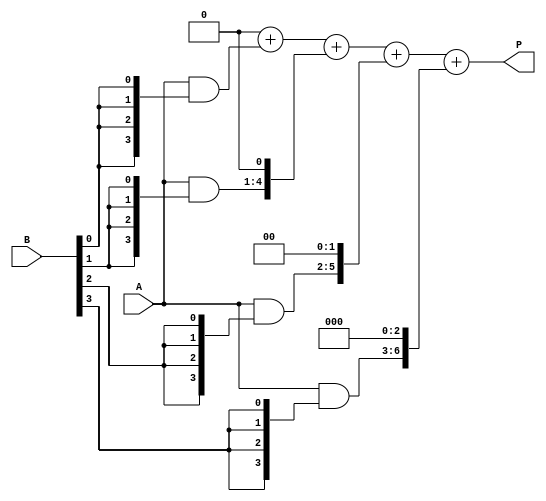
module array_multiplier #(parameter N = 4, M = 4) (
    input  [N-1:0] A, // n-bit multiplicand
    input  [M-1:0] B, // m-bit multiplier
    output reg [N+M-1:0] P // (n+m)-bit product
);
    
    // Intermediate partial products
    wire [N-1:0] pp[M-1:0]; // Array of partial products

    // Generate partial products
    genvar i;
    generate
        for (i = 0; i < M; i = i + 1) begin : pp_gen
            assign pp[i] = A & {N{B[i]}}; // AND multiplicand with each bit of multiplier
        end
    endgenerate

    // Sum the partial products
    integer j;
    always @(*) begin
        P = 0; // Initialize product to zero
        for (j = 0; j < M; j = j + 1) begin
            P = P + (pp[j] << j); // Shift partial product according to its bit position
        end
    end

endmodule